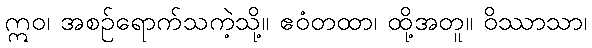
ဣဝ၊ အစဉ်ရောက်သကဲ့သို့။ ဧဝံတထာ၊ ထို့အတူ။ ဝိဿာသာ၊